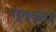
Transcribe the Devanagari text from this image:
षड्रेखकृतियें